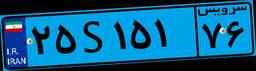
۷۵S۴۳۲۱۸